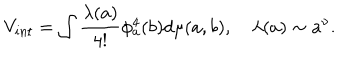
V _ { i n t } = \int \frac { \lambda ( a ) } { 4 ! } \phi _ { a } ^ { 4 } ( b ) d \mu ( a , b ) , \quad \lambda ( a ) \sim a ^ { \nu } .